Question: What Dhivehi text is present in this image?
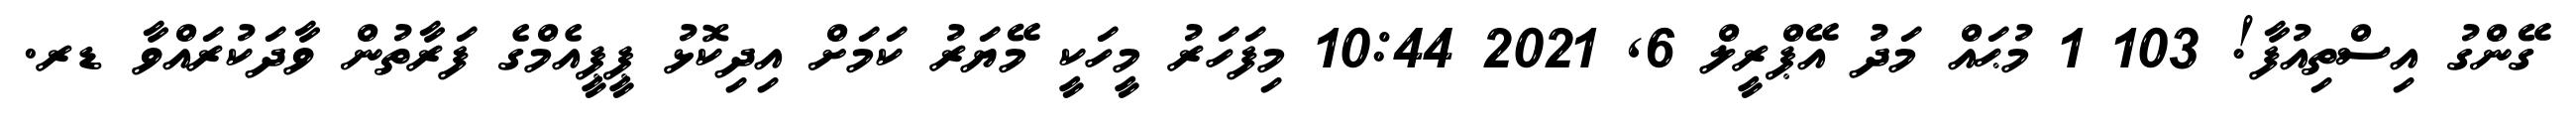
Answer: ގޭންގު އިސްތިއުފާ! 103 1 މުޙައް މަދު އޭޕްރީލް 6, 2021 10:44 މިފަހަރު މީހަކީ މޭޔަރު ކަމަށް އިދިކޮޅު ޕީޕީއެމްގެ ފަރާތުން ވާދަކުރައްވާ ޑރ.